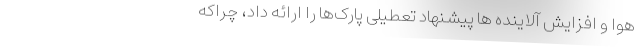
هوا و افزایش آلاینده ها پیشنهاد تعطیلی پارک‌ها را ارائه داد، چراکه